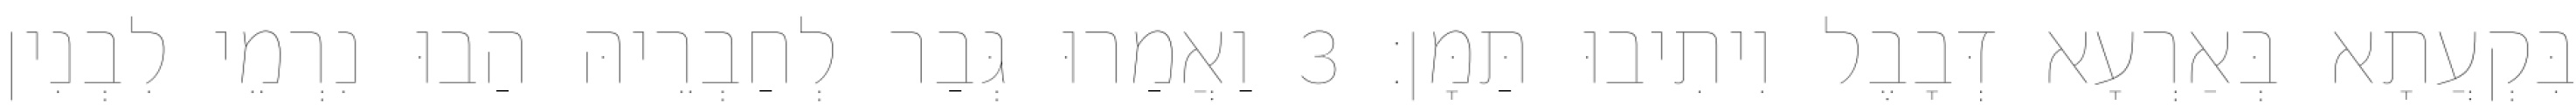
בִּקְעֲתָא בְּאַרְעָא דְּבָבֶל וִיתִיבוּ תַּמָּן׃ 3 וַאֲמַרוּ גְּבַר לְחַבְרֵיהּ הַבוּ נִרְמֵי לִבְנִין